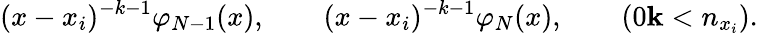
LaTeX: (x-x_{i})^{-k-1}\varphi_{N-1}(x),\qquad(x-x_{i})^{-k-1}\varphi_{N}(x),\qquad(0\le k<n_{x_{i}}).